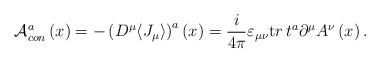
LaTeX: \begin{align*}{\mathcal A}_{con}^a\left( x\right) =-\left( D^\mu \langle J_{\mu }\rangle \right)^a\left( x\right) =\frac i{4\pi }\varepsilon _{\mu \nu }{\mathrm tr}\, t^a\partial ^\mu A^\nu \left( x\right) .\end{align*}